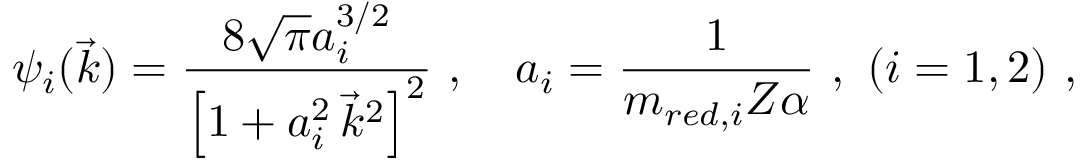
\psi _ { i } ( \vec { k } ) = \frac { 8 \sqrt { \pi } a _ { i } ^ { 3 / 2 } } { \left[ 1 + a _ { i } ^ { 2 } \, \vec { k } ^ { 2 } \right] ^ { 2 } } \ , \quad a _ { i } = \frac { 1 } { m _ { r e d , i } Z \alpha } \ , \ ( i = 1 , 2 ) \ ,